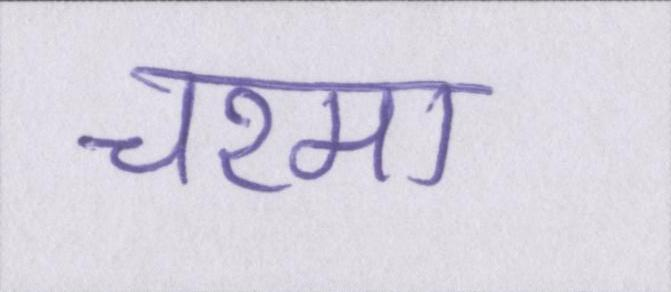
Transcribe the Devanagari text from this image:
चश्मा